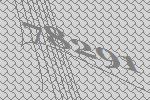
78291